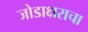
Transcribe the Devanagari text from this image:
जोडाक्षराचा